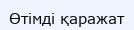
Өтімді қаражат